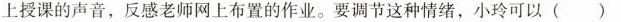
上授课的声音，反感老师网上布置的作业。要调节这种情绪，小玲可以()